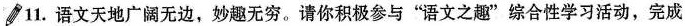
11. 语文天地广阔无边，妙趣无穷。请你积极参与”语文之趣”综合性学习活动，完成下